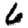
Digit: 6